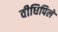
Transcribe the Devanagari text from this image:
वीधिपिले